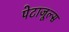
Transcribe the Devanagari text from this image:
पेटाजूल्स